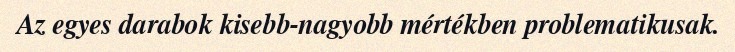
Az egyes darabok kisebb-nagyobb mértékben problematikusak.